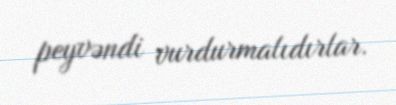
peyvəndi vurdurmalıdırlar.